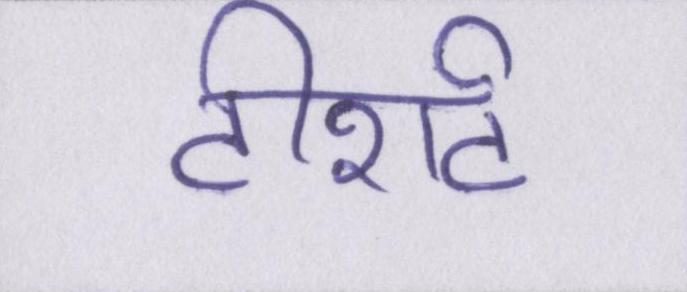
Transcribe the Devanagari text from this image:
टीशर्ट